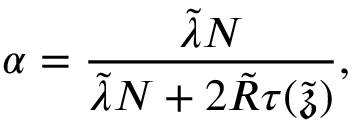
\alpha = \frac { \tilde { \lambda } N } { \tilde { \lambda } N + 2 \tilde { R } \tau ( \tilde { \mathfrak { z } } ) } ,